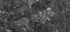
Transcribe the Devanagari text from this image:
रेँगने